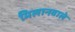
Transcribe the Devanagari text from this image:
मिलानवाले